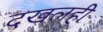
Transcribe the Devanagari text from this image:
दखलही